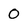
Character: 0